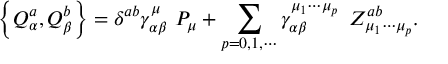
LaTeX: \left\{ Q _ { \alpha } ^ { a } , Q _ { \beta } ^ { b } \right\} = \delta ^ { a b } \gamma _ { \alpha \beta } ^ { \mu } \, \, P _ { \mu } + \sum _ { p = 0 , 1 , \cdots } \gamma _ { \alpha \beta } ^ { \mu _ { 1 } \cdots \mu _ { p } } \, \, \, Z _ { \mu _ { 1 } \cdots \mu _ { p } } ^ { a b } .